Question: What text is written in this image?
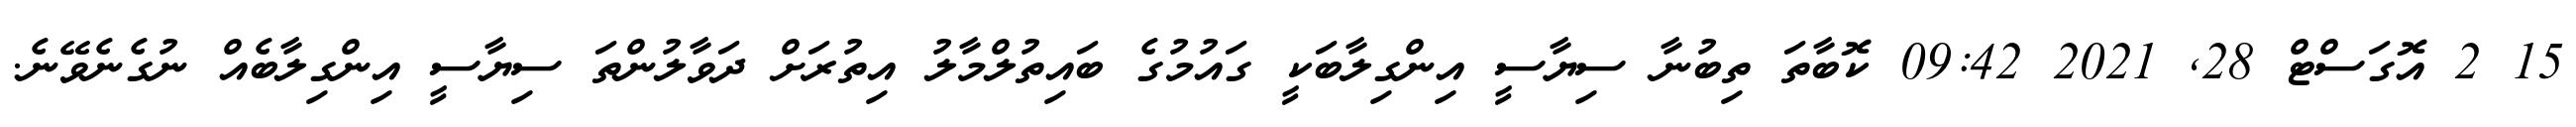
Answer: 15 2 އޮގަސްޓް 28, 2021 09:42 ކޮބާތަ ތިބުނާ ސިޔާސީ އިންގިލާބަކީ ގައުމުގެ ބައިތުލްމާލު އިތުރަށް ދަވާލުންތަ ސިޔާސީ އިންގިލާބެއް ނުގެނެވޭނެ.